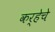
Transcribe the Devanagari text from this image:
कर्‍हेचे